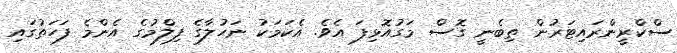
ސްކްރީންރައިޓަރުން ތިބެނީ ގޮސް މަގުއޮޅިފަ އެވެ. އެކަމަކު ނަހުލާގެ ފިލްމުގެ އެންމެ ފަހަތުގައި